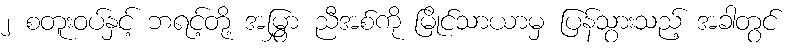
၂ စတူးဝပ်နှင့် ဘရင့်တို့ အမြွှာ ညီအစ်ကို မြိုင်သာယာမှ ပြန်သွားသည့် အခါတွင်